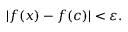
| f ( x ) - f ( c ) | < \varepsilon .